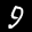
Label: 9